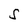
Character: S